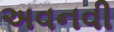
અવનવી